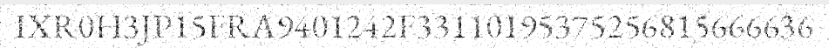
IXR0H3JP15FRA9401242F33110195375256815666636